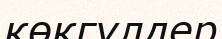
көкгүлдер